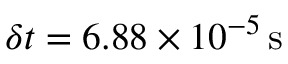
\delta t = 6 . 8 8 \times 1 0 ^ { - 5 } \, \mathrm { { s } }